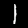
Label: 1